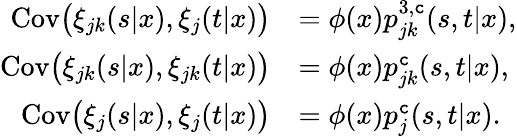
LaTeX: \begin{array}{rl}{\mathrm{Cov}\big(\xi_{jk}(s|x),\xi_{j}(t|x)\big)}&{=\phi(x)p_{jk}^{3,\texttt{c}}(s,t|x),}\\ {\mathrm{Cov}\big(\xi_{jk}(s|x),\xi_{jk}(t|x)\big)}&{=\phi(x)p_{jk}^{\texttt{c}}(s,t|x),}\\ {\mathrm{Cov}\big(\xi_{j}(s|x),\xi_{j}(t|x)\big)}&{=\phi(x)p_{j}^{\texttt{c}}(s,t|x).}\end{array}